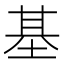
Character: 基